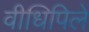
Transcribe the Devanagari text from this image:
वीधिपिले